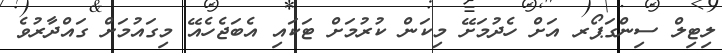
ލިޓިލް ސިންގަޕޯރ އަށް ހެދުމަށޭ މިކަން ކުރުމަށް ޓަކައި އެބަޖެހެއޭ މިގައުމަށް ގައްދާރުވެ